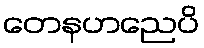
တေနဟညေပိ